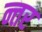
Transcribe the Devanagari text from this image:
न्तर